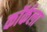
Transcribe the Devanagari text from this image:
कॉर्कला